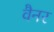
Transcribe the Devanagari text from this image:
वैनर